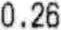
0.26